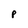
Character: p